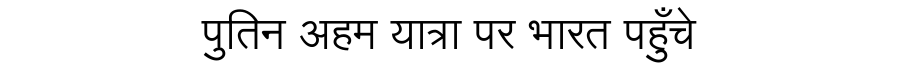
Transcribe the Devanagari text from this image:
पुतिन अहम यात्रा पर भारत पहुँचे